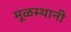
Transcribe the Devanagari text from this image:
मूळस्थानी